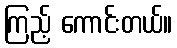
ကြည့် ကောင်းတယ်။